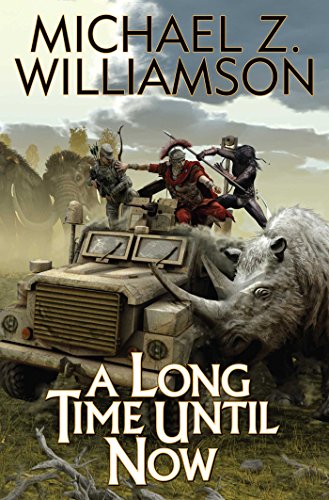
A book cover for A Long Time Until Now (Temporal Displacement); Michael Z Williamson; Science Fiction & Fantasy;